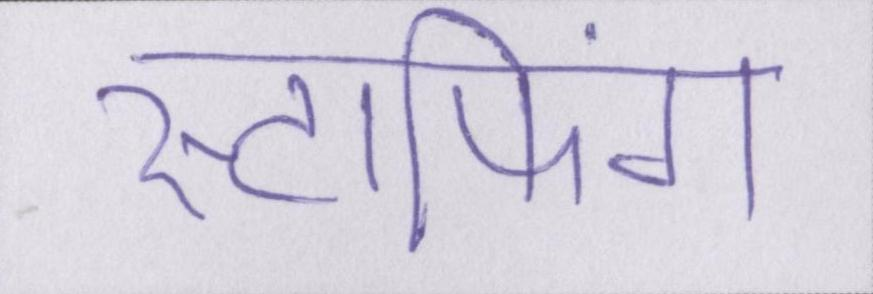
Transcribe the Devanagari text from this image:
स्टाफिंग